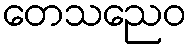
တေသညေဝ